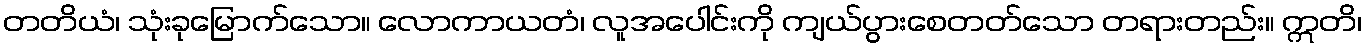
တတိယံ၊ သုံးခုမြောက်သော။ လောကာယတံ၊ လူအပေါင်းကို ကျယ်ပွားစေတတ်သော တရားတည်း။ ဣတိ၊